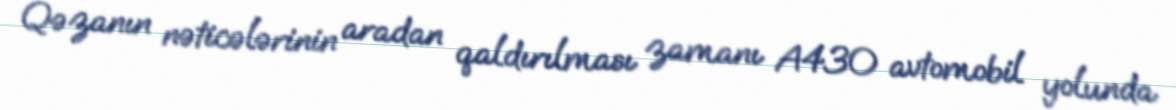
Qəzanın nəticələrinin aradan qaldırılması zamanı A430 avtomobil yolunda